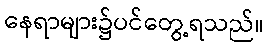
နေရာများ၌ပင်တွေ့ရသည်။